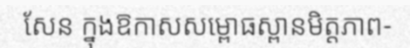
សែន ក្នុងឱកាសសម្ពោធស្ពានមិត្តភាព-